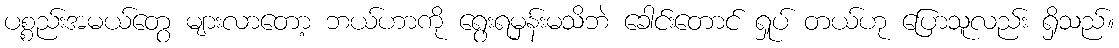
ပစ္စည်းအမယ်တွေ များလာတော့ ဘယ်ဟာကို ရွေးရမှန်းမသိဘဲ ခေါင်းတောင် ရှုပ် တယ်ဟု ပြောသူလည်း ရှိသည်။